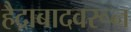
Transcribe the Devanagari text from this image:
हैद्राबादवरून